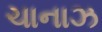
ચાનાઝ